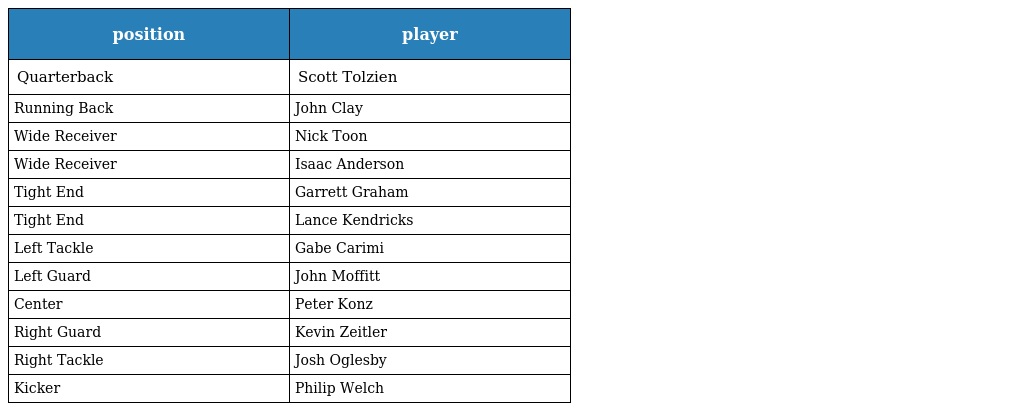
| position | player |
 | --- | --- |
 | Quarterback | Scott Tolzien |
 | Running Back | John Clay |
 | Wide Receiver | Nick Toon |
 | Wide Receiver | Isaac Anderson |
 | Tight End | Garrett Graham |
 | Tight End | Lance Kendricks |
 | Left Tackle | Gabe Carimi |
 | Left Guard | John Moffitt |
 | Center | Peter Konz |
 | Right Guard | Kevin Zeitler |
 | Right Tackle | Josh Oglesby |
 | Kicker | Philip Welch |